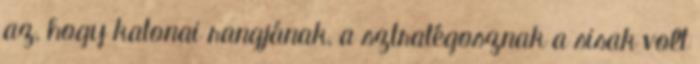
az, hogy katonai rangjának, a sztratégosznak a sisak volt